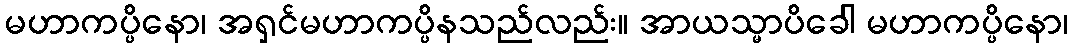
မဟာကပ္ပိနော၊ အရှင်မဟာကပ္ပိနသည်လည်း။ အာယသ္မာပိခေါ မဟာကပ္ပိနော၊